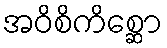
အဝိစိကိစ္ဆော